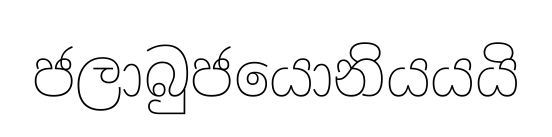
ජලාබුජයොනියයයි